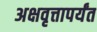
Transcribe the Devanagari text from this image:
अक्षवृत्तापर्यंत